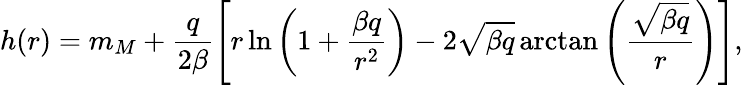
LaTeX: h(r)=m_{M}+\frac{q}{2\beta}\left[r\ln\left(1+\frac{\beta q}{r^{2}}\right)-2\sqrt{\beta q}\arctan\left(\frac{\sqrt{\beta q}}{r}\right)\right],